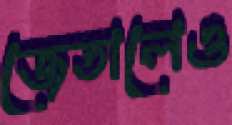
জেতালেও